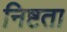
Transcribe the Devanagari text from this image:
निष्टता